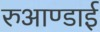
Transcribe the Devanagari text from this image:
रुआण्डाई